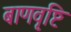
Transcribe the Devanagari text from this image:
बाणवृष्टि